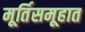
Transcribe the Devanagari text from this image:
मूर्तिसमूहात